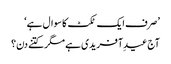
’صرف ایک ٹکٹ کا سوال ہے‘
آج عیدِ آفریدی ہے مگر کتنے دن؟